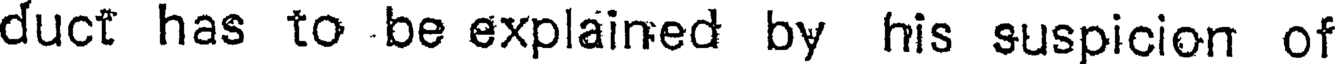
duct has to be explained by his suspicion of